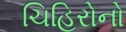
ચિહિરોનો